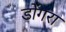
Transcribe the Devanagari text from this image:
डोंगरा